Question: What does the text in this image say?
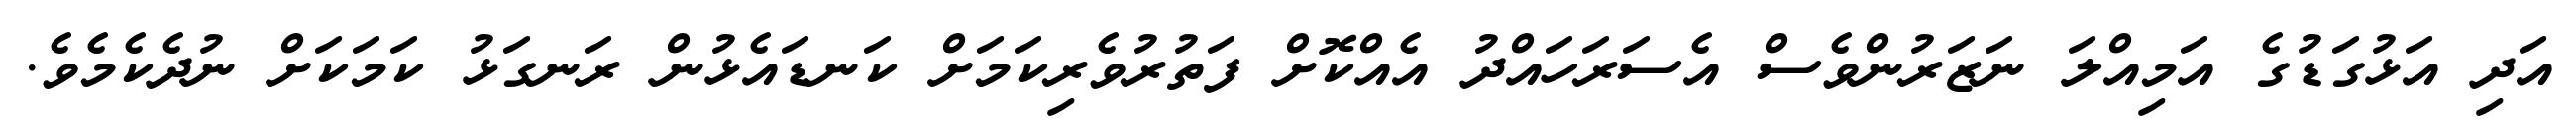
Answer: އަދި އަޅުގަޑުގެ އަމިއްލަ ނަޒަރުންވެސް އެސަރަހައްދު އެއްކޮށް ފަތުރުވެރިކަމަށް ކަނޑައެޅުން ރަނގަޅު ކަމަކަށް ނުދެކެމެވެ.